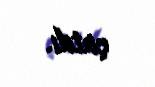
çatdı.